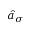
\hat { a } _ { \sigma }